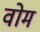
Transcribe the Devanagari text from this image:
वोम